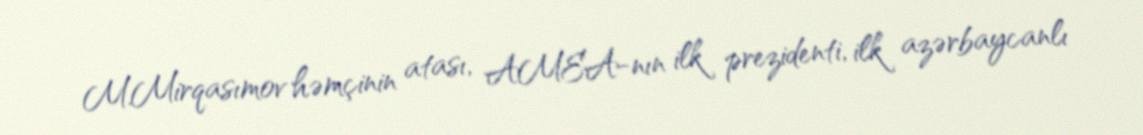
M.Mirqasımov həmçinin atası, AMEA-nın ilk prezidenti, ilk azərbaycanlı